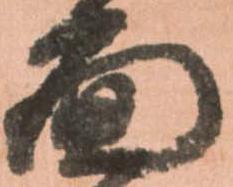
面